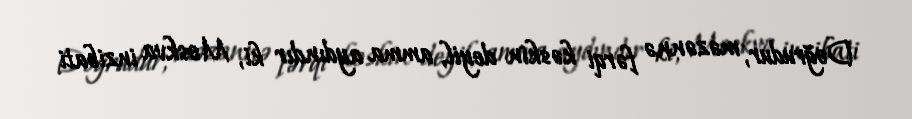
Doğrudur, məzənnə fərqi kəskin deyil, amma aydındır ki, Moskva inzibati